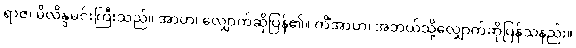
ရာဇ၊ မိလိန္ဒမင်းကြီးသည်။ အာဟ၊ လျှောက်ဆိုပြန်၏။ ကိံအာဟ၊ အဘယ်သို့လျှောက်ဆိုပြန်သနည်း။